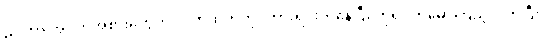
ညိုဟာ အဝတ်အစားတွေကို လက်ထဲကကိုင်ထားရင်းကနေပြီး ကိုရင့်ကိုမော်ကြည့်လိုက်ပြီး